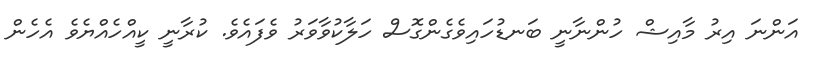
އަންނަ އިރު މާއިޝް ހުންނާނީ ބަނޑުހައިވެގެންގޮސް ހަލާކުވާވަރު ވެފައެވެ. ކުރާނީ ކީއްހެއްޔެވެ އެހެން